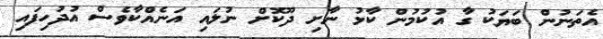
އެތަނުން ބަޔަކު ގާ އުކުމުން ކާޅު ނާށި ދޫކޮށް ނުލައި އަނެއްކާވެސް އުދުހިފައި